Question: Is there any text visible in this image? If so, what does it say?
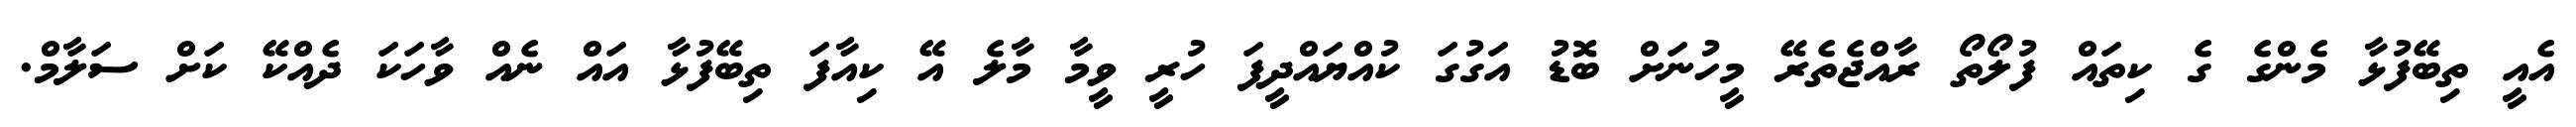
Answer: އެއީ ތިބޭފުޅާ މެންގެ ގެ ކިތައް ފުލޯތޯ ރާއްޖެތެރޭ މީހުނަށް ބޮޑު އަގުގަ ކުއްޔައްދީފަ ހުރީ ވީމާ މާލެ އޭ ކިއާފަ ތިބޭފުޅާ އައް ނެއް ވާހަކަ ދެއްކޭ ކަށް ސަލާމް.